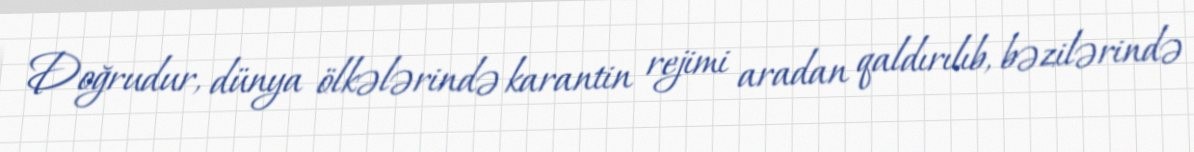
Doğrudur, dünya ölkələrində karantin rejimi aradan qaldırılıb, bəzilərində